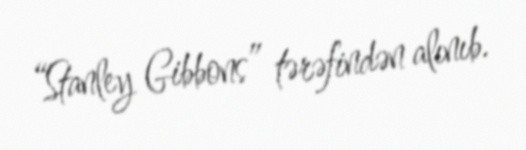
“Stanley Gibbons” tərəfindən alınıb.